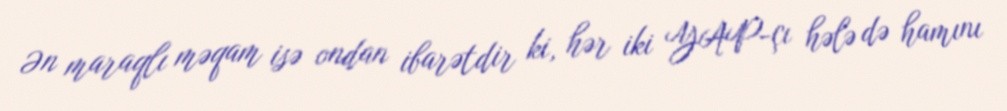
Ən maraqlı məqam isə ondan ibarətdir ki, hər iki YAP-çı hələ də hamını